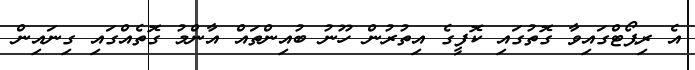
އެ ރިޕޯޓްގައިވާ ގޮތުގައި ކޮފީގެ އިތުރުން ހޫނު ބުއިންތައް އާންމު ގޮތެއްގައި ގިނައިން